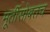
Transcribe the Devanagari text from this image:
मूर्तीसोबतच